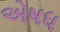
એષધ